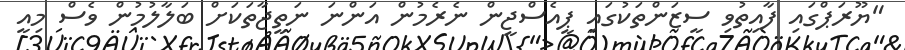
"ޔޫރަޕްގައި ފާއިތުވި ސީޒަންތަކުގައި ޕީއެސްޖީން ނެރެމުން އަންނަ ނަތީޖާތަކަށް ބަލާލުމުން ވެސް މިއީ